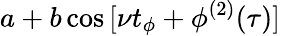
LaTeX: a+b\cos{[\nu t_{\phi}+\phi^{(2)}(\tau)]}